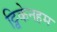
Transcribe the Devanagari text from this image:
ट्विकेनहम